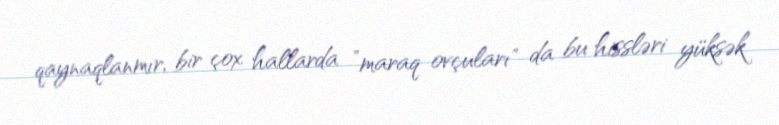
qaynaqlanmır, bir çox hallarda ”maraq ovçuları" da bu hissləri yüksək